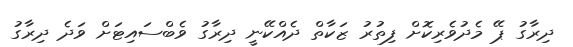
ދިރާގު ޕޭ މެދުވެރިކޮށް ފިތުރު ޒަކާތް ދެއްކޭނީ ދިރާގު ވެބްސައިޓަށް ވަދެ ދިރާގު